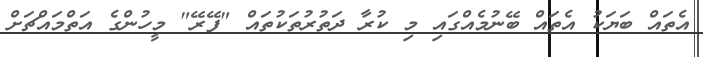
އެތައް ބަޔަކު އެތައް ބޭނުމެއްގައި މި ކުރާ ދަތުރުތަކުތައް "ފޭރޭ" މީހުންގެ އަތްމައްޗަށް